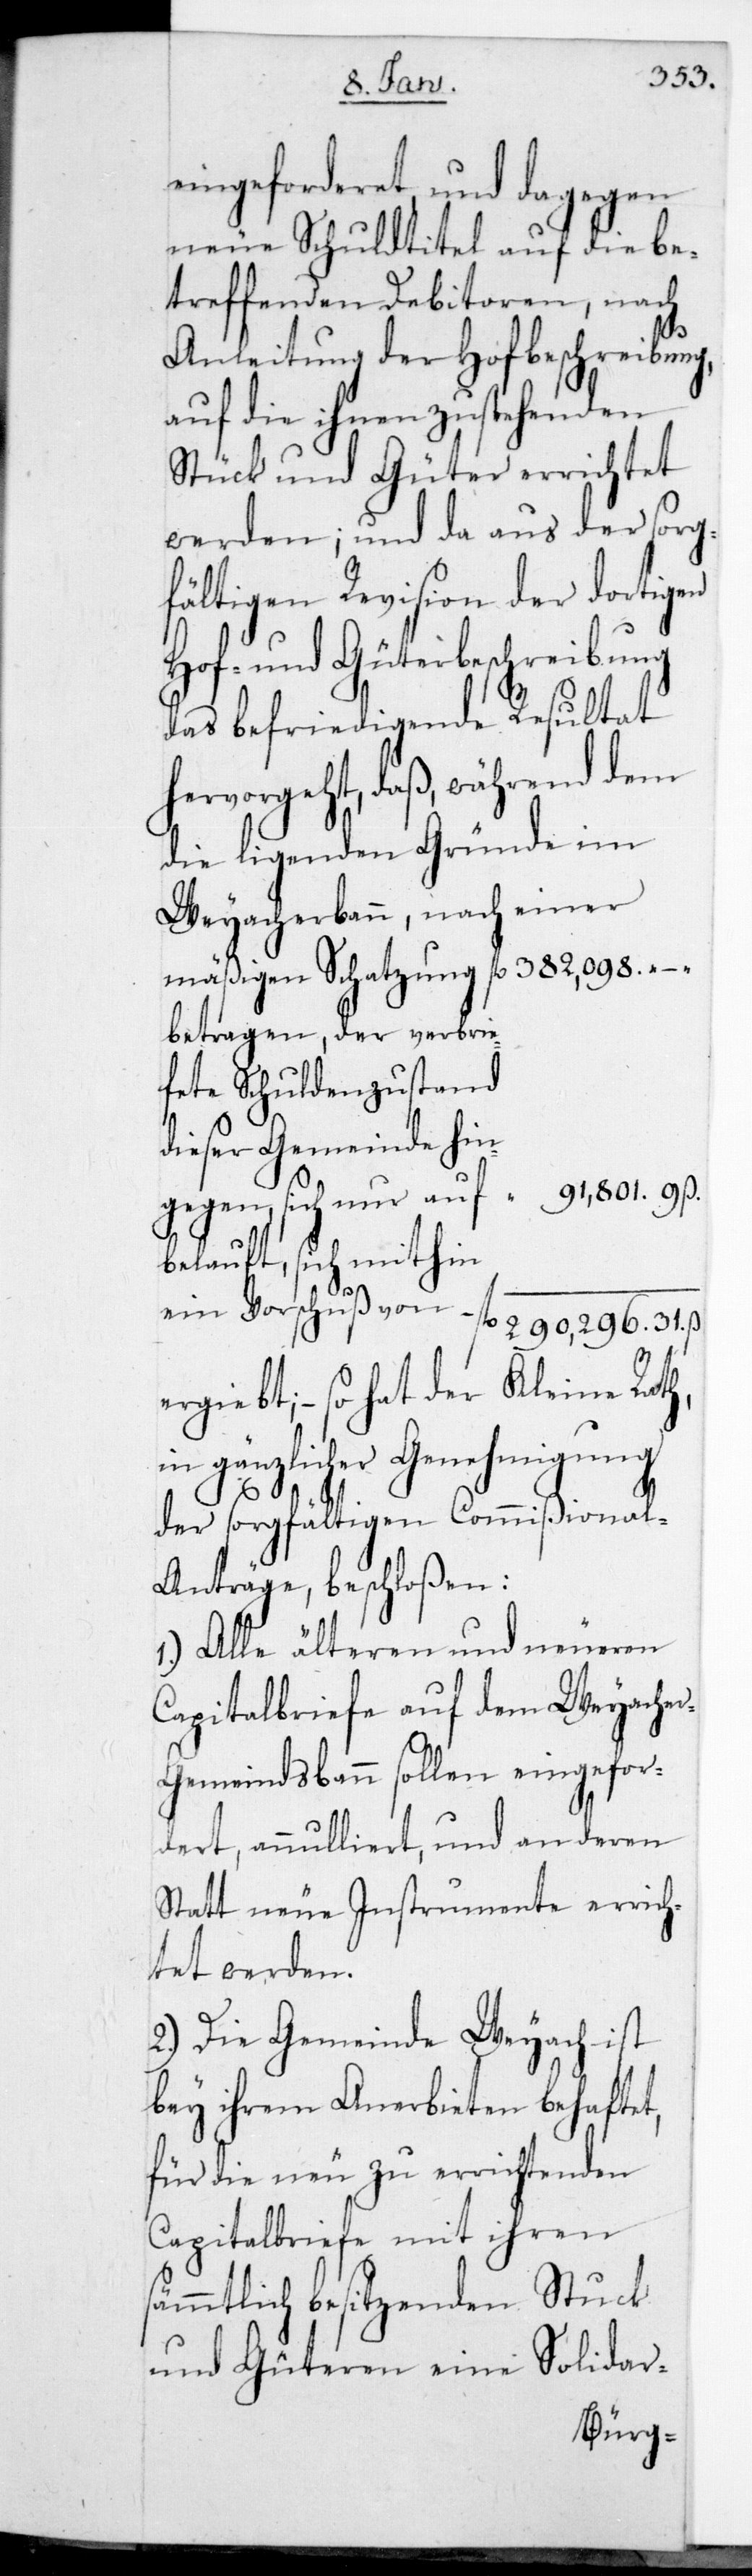
eingeforderet und dagegen
neue Schuldtitel auf die be¬
treffenden Debitoren, nach
3.)
Anleitung der Hofbeschreibung,
auf die ihnen zustehenden
Stück und Güter errichtet
werden, und da aus der sorg¬
fältigen Revision der dortigen
Hof- und Güterbeschreibung
das befriedigende Resultat
hervorgeht, daß während dem
die liegenden Gründe im
Weyacherbann, nach einer
mäßigen Schatzung fl. 382,098
betragen, der verbrie¬
fete Schuldenzustand
dieser Gemeinde hin¬
91,801. 9.
gegen sich nur auf
belauft, sich mithin
ein Vorschuß von fl. 290,296. 31. ß
ergiebt, so hat der Kleine Rath,
in gänzlicher Genehmigung
der sorgfältigen Commißional-A¬
nträge beschloßen:
1.) Alle älteren und neueren
Capitalbriefe auf dem Weyache¬
r-Gemeindsbann sollen eingefor¬
deret, annulliert, und an deren
Statt neue Instrumente errich¬
tet werden.
2.) Die Gemeinde Weyach ist
bey ihrem Anerbieten behaftet,
für die neu zu errichtenden
Capitalbriefe mit ihren
sämmtlich besitzenden Stuck
und Güteren eine Solidar-B¬
ürgsc¬